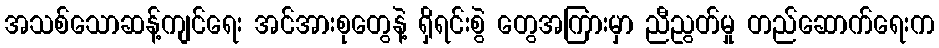
အသစ်သောဆန့်ကျင်ရေး အင်အားစုတွေနဲ့ ရှိရင်းစွဲ တွေအကြားမှာ ညီညွတ်မှု တည်ဆောက်ရေးက